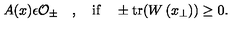
A ( x ) \epsilon { \cal O } _ { \pm } \quad , \quad \mathrm { i f } \quad \pm \mathrm { t r } ( W \left( x _ { \perp } \right) ) \ge 0 .